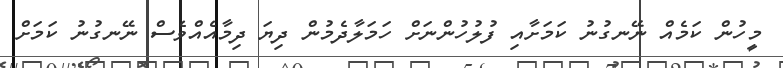
މީހުން ކަމެއް ނޭނގުނު ކަމަށާއި ފުލުހުންނަށް ހަމަލާދެމުން ދިޔަ ދިމާއެއްވެސް ނޭނގުނު ކަމަށް